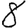
Digit: 8